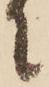
に